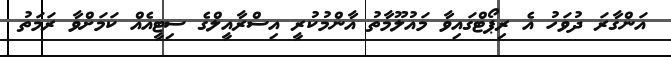
އަންގާރަ ދުވަހު އެ ރިޕޯޓްގައިވާ މައުލޫމާތު އާންމުކުރީ އިސްރާއީލްގެ ސިޓީއެއް ކަމަށްވާ ރަމަތު